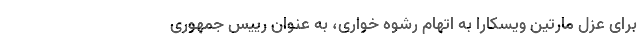
برای عزل مارتین ویسکارا به اتهام رشوه خواری، به عنوان رییس جمهوری